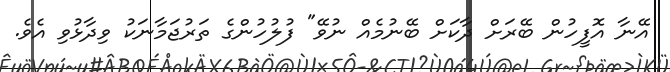
އޭނާ އޮފީހުން ބޭރަށް ދާކަށް ބޭނުމެއް ނުވޭ" ފުލުހުންގެ ތަރުޖަމާނަކު ވިދާޅުވި އެވެ.